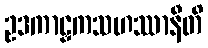
ဥဒကာဠှကသဟဿာနီတိ